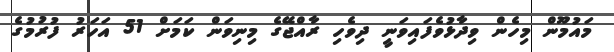
މައުމޫން މިހެން ވިދާޅުވެފައިވަނީ ދިވެހި ރާއްޖޭގެ މިނިވަން ކަމަށް 51 އަހަރު ފުރުމުގެ